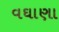
વઘાણા